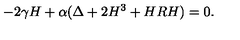
- 2 \gamma H + \alpha ( \Delta + 2 H ^ { 3 } + H R H ) = 0 .